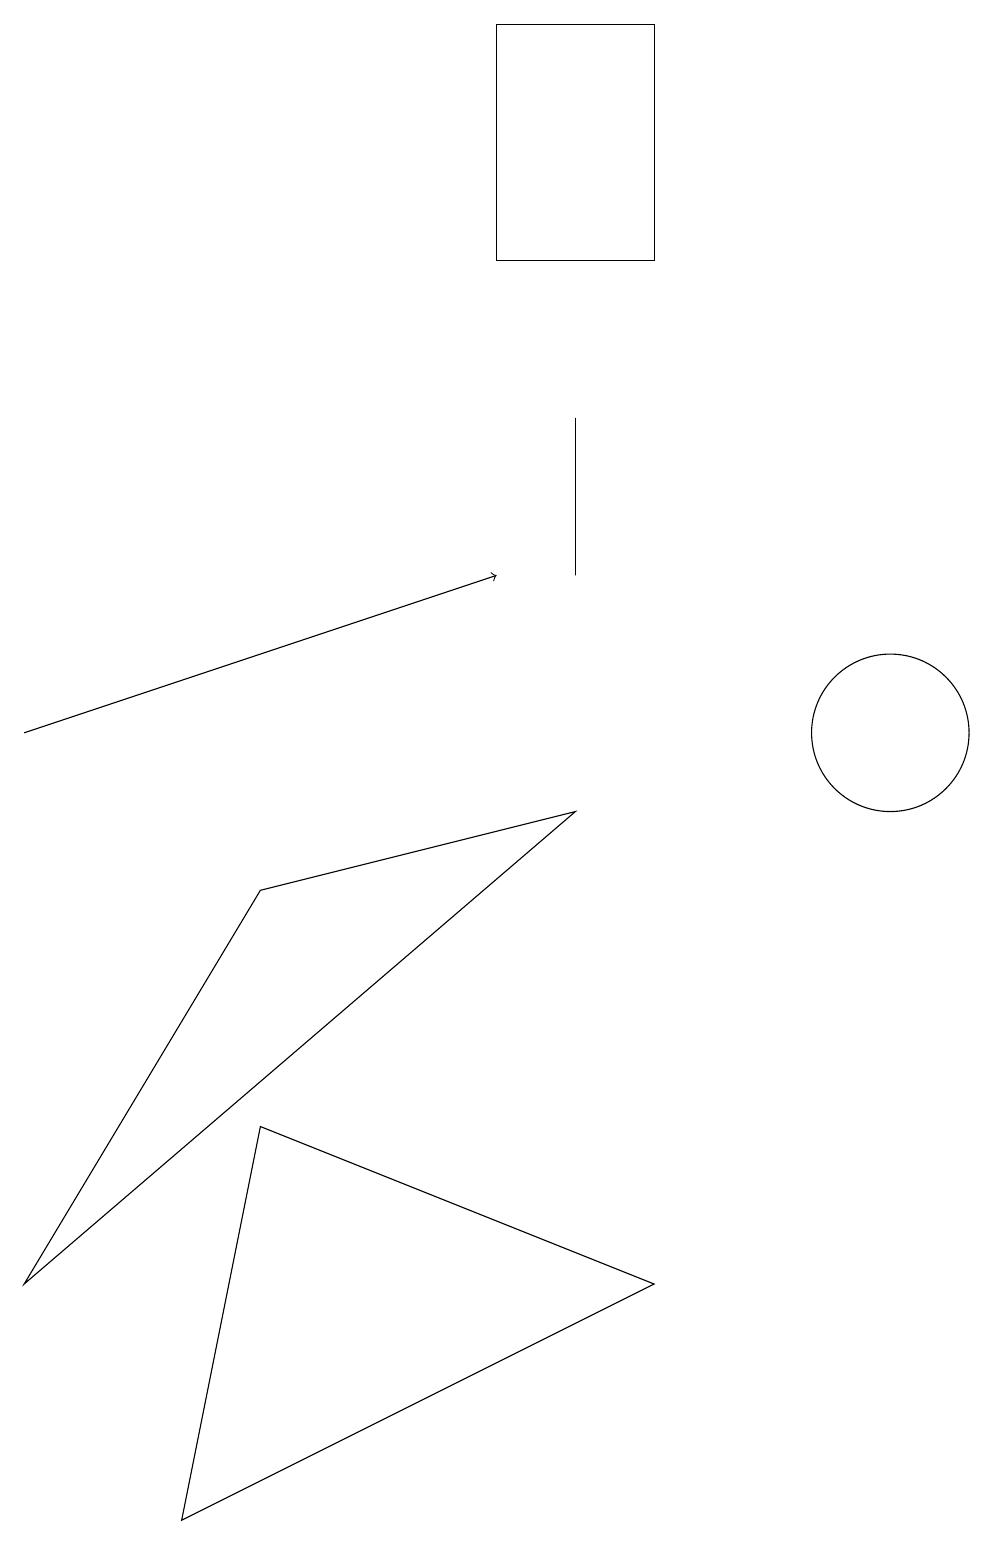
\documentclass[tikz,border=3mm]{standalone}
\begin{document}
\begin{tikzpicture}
\draw (8,3) -- (2,0) -- (3,5) -- cycle;
\draw (7,9) -- (3,8) -- (0,3) -- cycle;
\draw[->] (0,10) -- (6,12);
\draw (7,12) rectangle (7,14);
\draw (11,10) circle (1);
\draw (8,19) rectangle (6,16);
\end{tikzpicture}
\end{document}